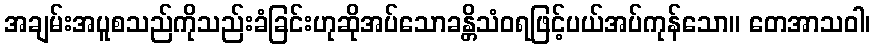
အချမ်းအပူစသည်ကိုသည်းခံခြင်းဟုဆိုအပ်သောခန္တိသံဝရဖြင့်ပယ်အပ်ကုန်သော။ တေအာသဝါ၊